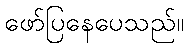
ဖော်ပြနေပေသည်။